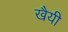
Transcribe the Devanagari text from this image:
खैयी